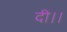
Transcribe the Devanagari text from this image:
दी।।